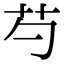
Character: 芍